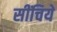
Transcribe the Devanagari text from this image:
सींचिये